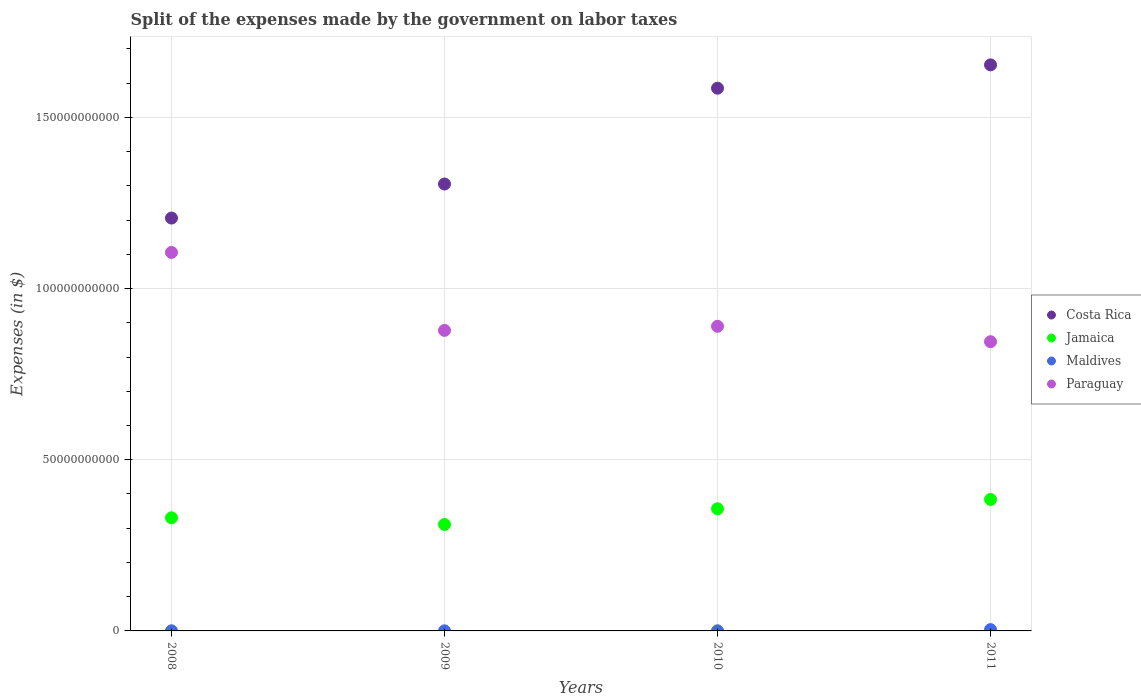
| Years | Costa Rica | Jamaica | Maldives | Paraguay |
 | --- | --- | --- | --- | --- |
 | 2008 | 1.21e+11 | 3.3e+10 | 3.97e+07 | 1.11e+11 |
 | 2009 | 1.31e+11 | 3.11e+10 | 2.71e+07 | 8.78e+10 |
 | 2010 | 1.59e+11 | 3.57e+10 | 3.69e+07 | 8.9e+10 |
 | 2011 | 1.65e+11 | 3.84e+10 | 3.83e+08 | 8.45e+10 |